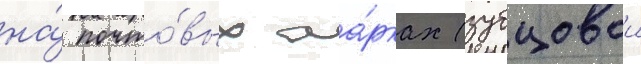
на́ почто́вых ма́рках (зубцовои